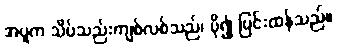
အပူက သိပ်သည်းကျစ်လစ်သည်၊ ပို၍ ပြင်းထန်သည်။